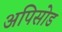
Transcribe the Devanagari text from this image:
अपिसोड